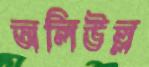
অলিউল্ল